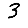
Digit: 3